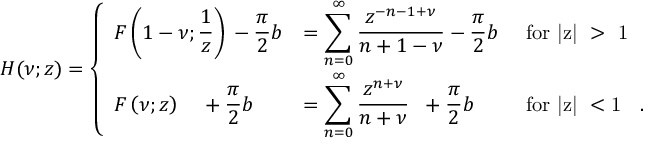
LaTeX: { \cal H } ( \nu ; z ) = \left\{ \begin{array} { l l l } { { \displaystyle { \cal F } \left( 1 - \nu ; \frac { 1 } { z } \right) { } - \frac { \pi } { 2 } b } } & { { = \displaystyle { \sum _ { n = 0 } ^ { \infty } \frac { z ^ { - n - 1 + \nu } } { n + 1 - \nu } } { } - \frac { \pi } { 2 } b } } & { { \mathrm { ~ f o r ~ | z | ~ > ~ 1 ~ } } } \\ { { \displaystyle { \cal F } \left( \nu ; z \right) \; \; \; \; + \frac { \pi } { 2 } b } } & { { = \displaystyle { \sum _ { n = 0 } ^ { \infty } \frac { z ^ { n + \nu } } { n + \nu } } \; \; + \frac { \pi } { 2 } b } } & { { \mathrm { ~ f o r ~ | z | ~ < 1 ~ } \; \; . } } \end{array} \right.